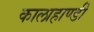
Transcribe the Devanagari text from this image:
कालाहाण्डी